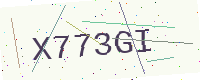
Text: X773GI